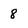
Character: 8